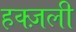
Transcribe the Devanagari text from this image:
हक्ज़ली